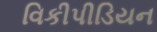
વિકીપીડિયન